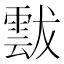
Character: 𩃶